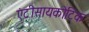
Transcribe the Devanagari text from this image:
एंटीसायकोटिक